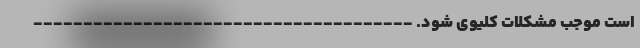
است موجب مشکلات کلیوی شود. --------------------------------------